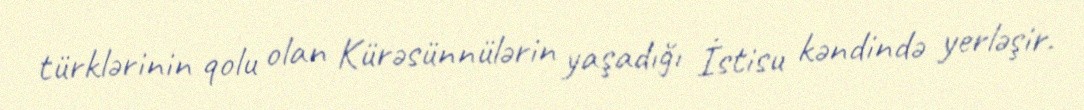
türklərinin qolu olan Kürəsünnülərin yaşadığı İstisu kəndində yerləşir.